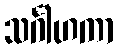
သင်္ဂါဟကာ